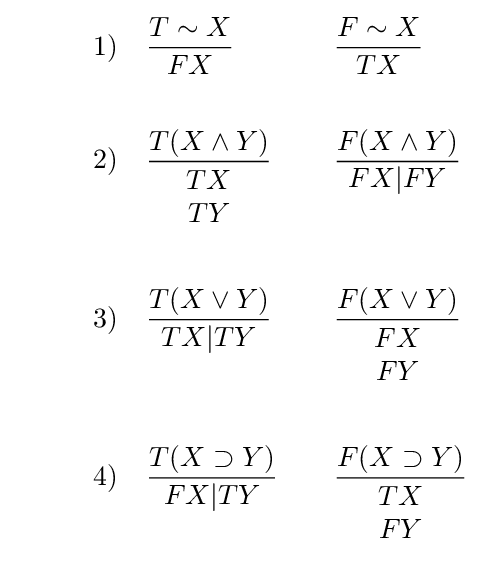
{\begin{aligned}&1)\quad {\frac {T\sim X}{FX}}\quad &&{\frac {F\sim X}{TX}}\\{\phantom {spacer}}\\&2)\quad {\frac {T(X\land Y)}{\begin{matrix}TX\\TY\end{matrix}}}\quad &&{\frac {F(X\land Y)}{FX|FY}}\\{\phantom {spacer}}\\&3)\quad {\frac {T(X\lor Y)}{TX|TY}}\quad &&{\frac {F(X\lor Y)}{\begin{matrix}FX\\FY\end{matrix}}}\\{\phantom {spacer}}\\&4)\quad {\frac {T(X\supset Y)}{FX|TY}}\quad &&{\frac {F(X\supset Y)}{\begin{matrix}TX\\FY\end{matrix}}}\end{aligned}}